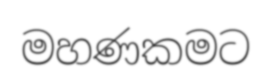
මහණකමට